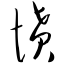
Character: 愤